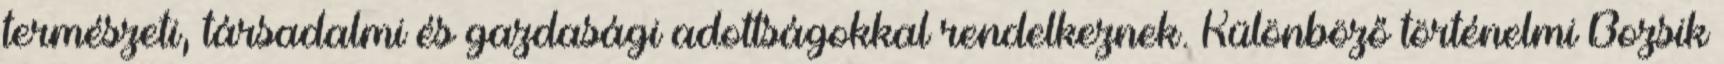
természeti, társadalmi és gazdasági adottságokkal rendelkeznek. Különböző történelmi Bozsik